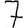
Digit: 7